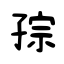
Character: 孮